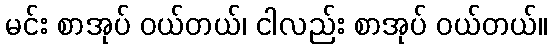
မင်း စာအုပ် ဝယ်တယ်၊ ငါလည်း စာအုပ် ဝယ်တယ်။